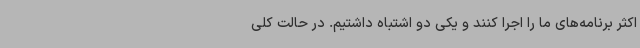
اکثر برنامه‌های ما را اجرا کنند و یکی دو اشتباه داشتیم. در حالت کلی